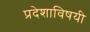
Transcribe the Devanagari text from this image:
प्रदेशाविषयी